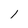
Character: 1